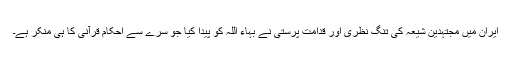
ایران میں مجتہدین شیعہ کی تنگ نظری اور قدامت پرستی نے بہاء اللہ کو پیدا کیا جو سرے سے احکام قرآنی کا ہی منکر ہے۔